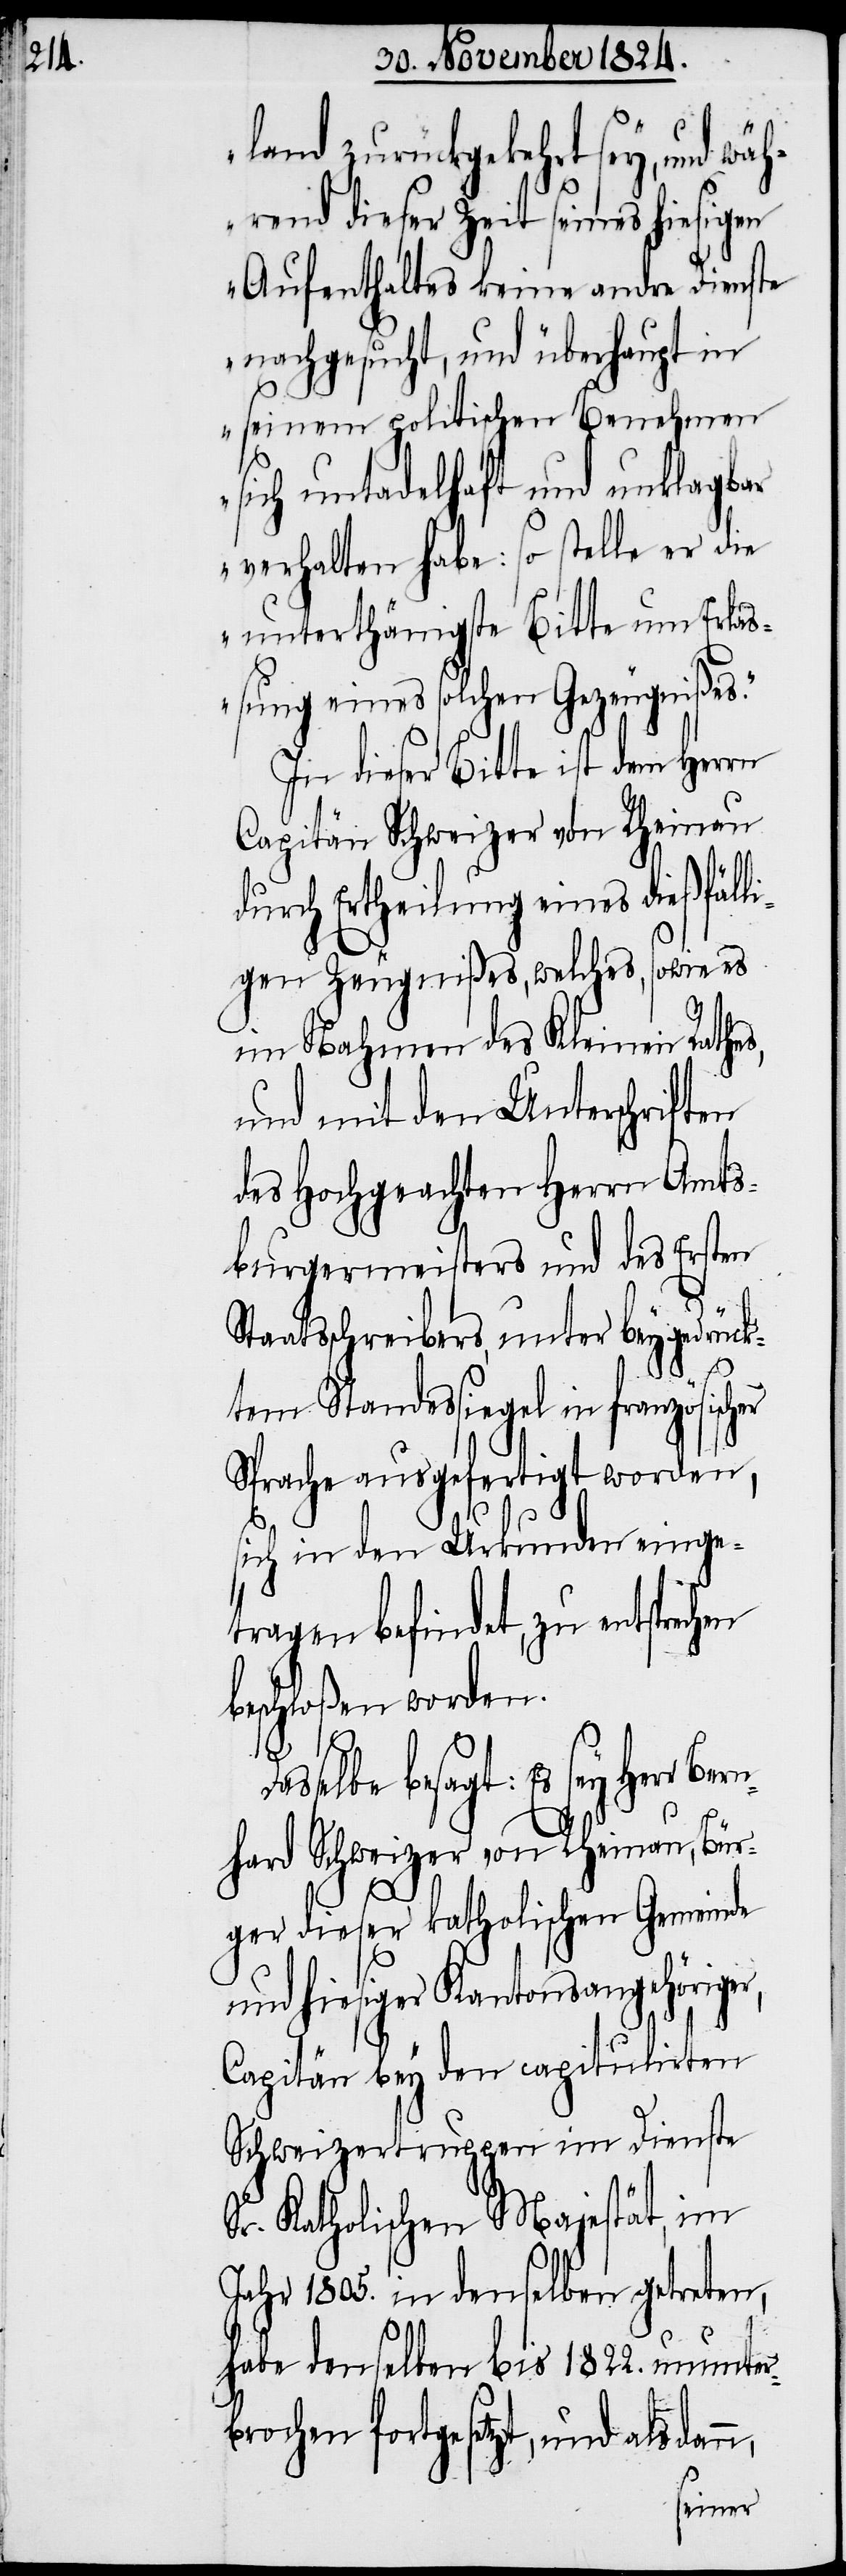
land zurückgekehrt sey, und wä¬
hrend dieser Zeit seines hiesigen
Aufenthaltes keine andre Dienste
nachgesucht, und überhaupt in
seinem politischen Benehmen
sich untadelhaft und unklagbar
verhalten habe: so stelle er die
unterthänigste Bitte um Erlaß¬
ung eines solchen Gezeugnißes.“
In dieser Bitte ist dem Herrn
Capitän Schweizer von Rheinau
durch Ertheilung eines dießfäll¬
igen Zeugnißes, welches, sowie es
im Nahmen des Kleine Rathes,
und mit den Unterschriften
des Hochgeachten Herrn Amts¬
burgermeisters und des Ersten
Staatsschreibers, unter beygedrück¬
n,
tem Standessiegel in französischer
Sprache ausgefertigt worden,
sich in den Urkunden einge¬
tragen befindet, zu entspre¬
beschloßen worden.
b¬
besagt: Es sey Herr Ber¬
nhard Schweizer von Rheinau, Bür¬
ger dieser katholischen Gemeinde
und hiesiger Kantonsangehöriger,
Capitän bey den capitulirten
Schweizertruppen im Dienste
Sr. Katholischen Majestät, im
Jahr 1805. in denselben getreten,
habe denselben bis 1822. ununter¬
rochen fortgesetzt, und alsdan¬